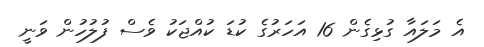
އެ މަލައާ ގުޅިގެން 16 އަހަރުގެ ކުޑަ ކުއްޖަކު ވެސް ފުލުހުން ވަނީ